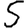
Digit: 5